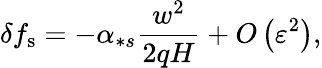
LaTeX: \delta f_{\mathrm{s}}=-\alpha_{\ast s}\frac{w^{2}}{2qH}+O\left(\varepsilon^{2}\right),